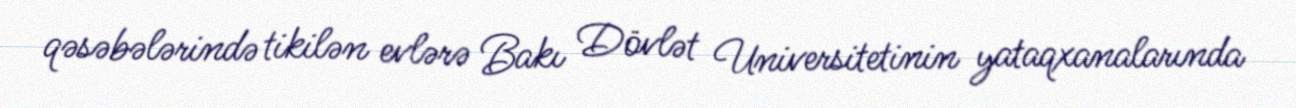
qəsəbələrində tikilən evlərə Bakı Dövlət Universitetinin yataqxanalarında